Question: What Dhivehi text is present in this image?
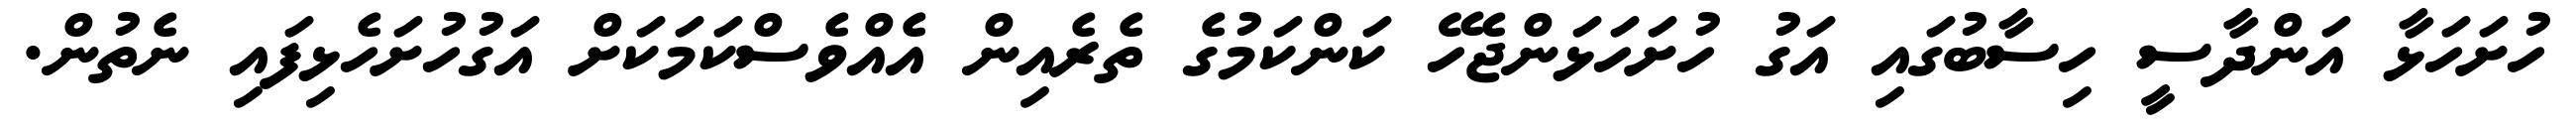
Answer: ހުށަހަޅާ އަންދާސީ ހިސާބުގައި އަގު ހުށަހަޅަންޖެހޭ ކަންކަމުގެ ތެރެއިން އެއްވެސްކަމަކަށް އަގުހުށަހެޅިފައި ނެތުން.